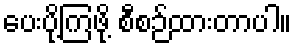
ပေးပို့ကြဖို့ စီစဉ်ထားတာပါ။